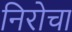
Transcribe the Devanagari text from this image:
निरोचा